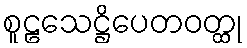
စူဠသေဋ္ဌိပေတဝတ္ထု